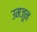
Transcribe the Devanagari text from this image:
उमजून